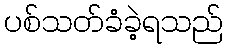
ပစ်သတ်ခံခဲ့ရသည်